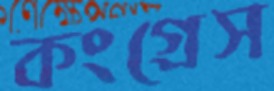
কংগ্রেস